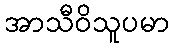
အာသီဝိသူပမာ